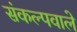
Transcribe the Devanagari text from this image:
संकल्पवाले